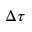
\Delta \tau